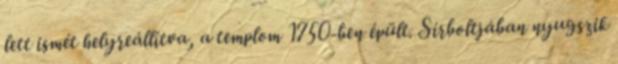
lett ismét helyreállítva, a templom 1750-ben épült. Sírboltjában nyugszik